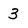
Character: 3